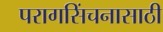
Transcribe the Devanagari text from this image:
परागसिंचनासाठी